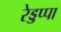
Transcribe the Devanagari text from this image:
रेड्डप्पा